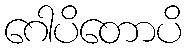
ဂေါပိတောပိ